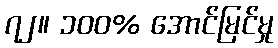
၇၂။ ၁၀၀% အောင်မြင်မှု